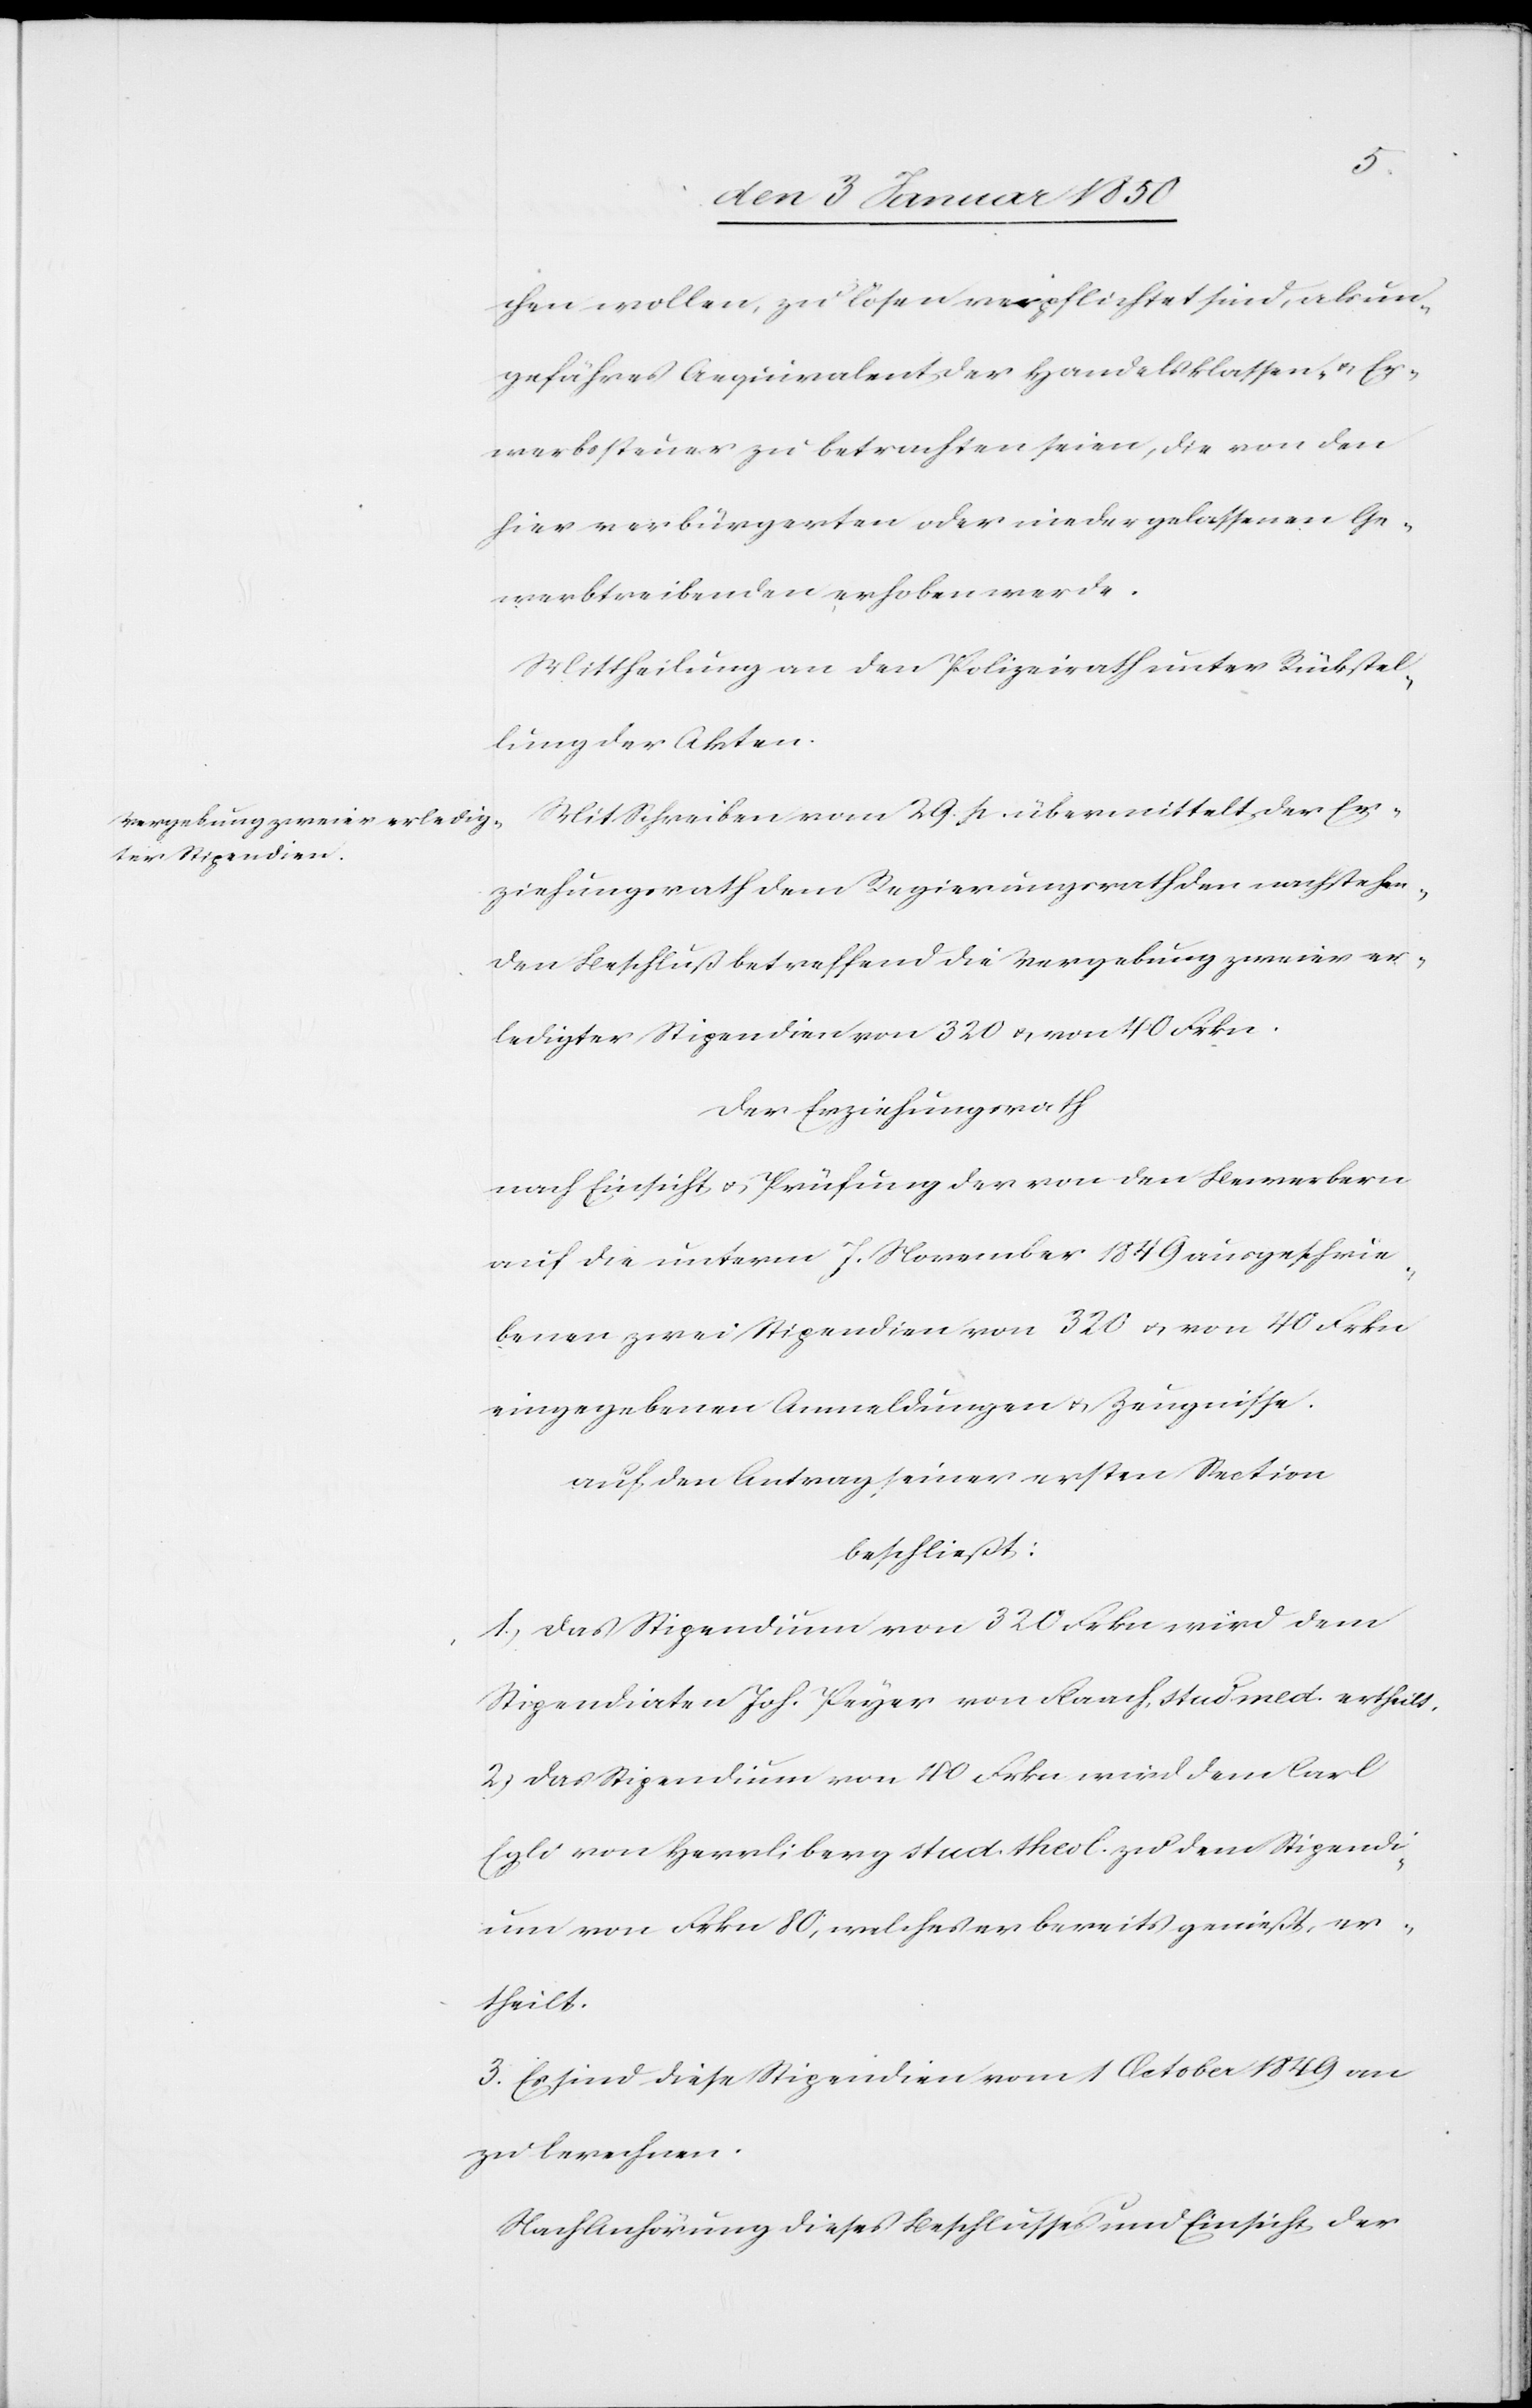
chen wollen, zu lösen verpflichtet sind, als un¬
gefähres Aequivalent der Handelsklassen- u. Er¬
werbssteuer zu betrachten seien, die von den
hier verbürgerten oder niedergelassenen Ge¬
werbtreibenden erhoben werde.
Mittheilung an den Polizeirath unter Rückstel¬
lung der Akten.
Mit Schreiben vom 29. p. übermittelt der Er¬
ziehungsrath dem Regierungsrath den nachstehen¬
den Beschluß betreffend die Vergebung zweier er¬
ledigter Stipendien von 320 u. von 40 Frkn.
Der Erziehungsrath
nach Einsicht u. Prüfung von den Bewerbern
auf die unterm 7. November 1849 ausgeschrie¬
benen zwei Stipendien von 320 u. von 40 Frkn
eingegebenen Anmeldungen u. Zeugnisse.
auf den Antrag seiner ersten Section
beschließt:
1.) Das Stipendium von 320 Frkn wird dem
Stipendiaten Joh. Peyer von Flaach, stud. med. ertheilt.
2.) Das Stipendium von 40 Frkn wird dem Carl
Egli von Herrliberg stud. theol. zu dem Stipendi¬
um von Frkn 80, welches er bereits genießt, er¬
theilt.
3. Es sind diese Stipendien vom 1 October 1849 an
zu berechnen.
Nach Anhörung dieses Beschlusses und Einsicht der